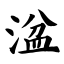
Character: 湓